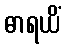
ဓာရယိံ